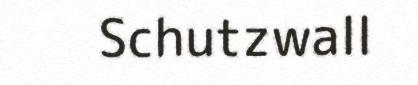
Schutzwall